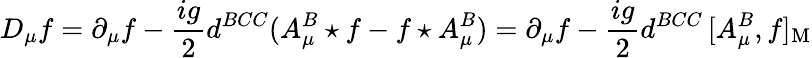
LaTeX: D_{\mu}f=\partial_{\mu}f-{\frac{ig}{2}}d^{BCC}(A_{\mu}^{B}\star f-f\star A_{\mu}^{B})=\partial_{\mu}f-{\frac{ig}{2}}d^{BCC}\, [A_{\mu}^{B},f]_{\mathrm{M}}